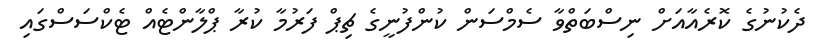
ދެކުނުގެ ކޮރެއާއަށް ނިސްބަތްވާ ސެމްސަން ކުންފުނީގެ ޗިޕް ފަރުމާ ކުރާ ޕްލާންޓެއް ޓެކްސަސްގައި